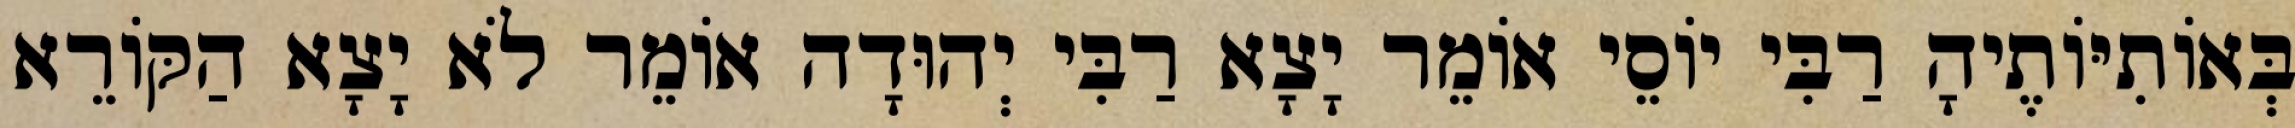
בְּאוֹתִיּוֹתֶיהָ רַבִּי יוֹסֵי אוֹמֵר יָצָא רַבִּי יְהוּדָה אוֹמֵר לֹא יָצָא הַקּוֹרֵא